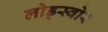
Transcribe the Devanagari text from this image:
लोड्स्वोर